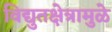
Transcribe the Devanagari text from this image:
विद्युतक्षेत्रामुळे